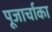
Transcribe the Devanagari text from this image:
पूजार्चाका